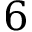
6